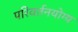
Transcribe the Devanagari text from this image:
परिवर्तनयोग्य